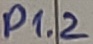
Text: P1.2